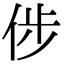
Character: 𠉡